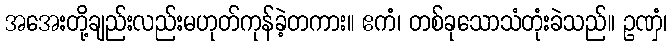
အအေးတို့ချည်းလည်းမဟုတ်ကုန်ခဲ့တကား။ ဧကံ၊ တစ်ခုသောသံတုံးခဲသည်။ ဥဏှံ၊